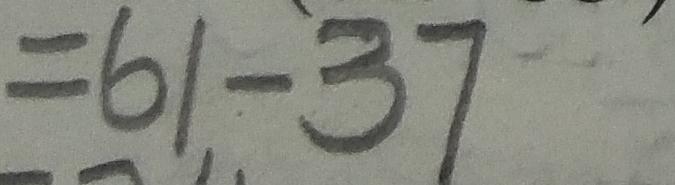
= 6 1 - 3 7